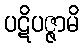
ပဋိပဇ္ဇာမိ